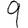
Digit: 9